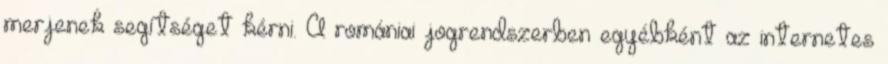
merjenek segítséget kérni. A romániai jogrendszerben egyébként az internetes